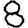
Digit: 8